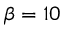
\beta = 1 0